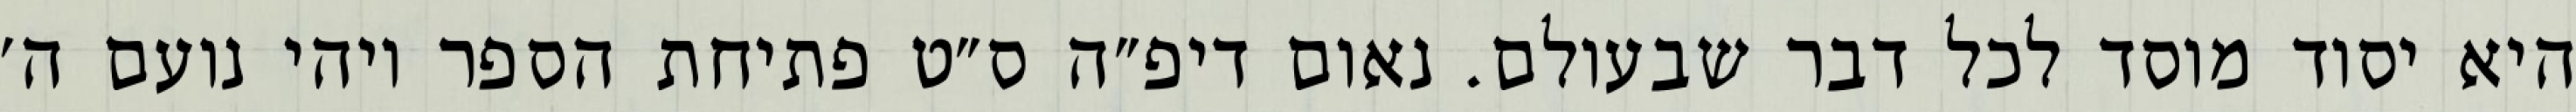
היא יסוד מוסד לכל דבר שבעולם. נאום דיפ״ה ס״ט פתיחת הספר ויהי נועם ה׳